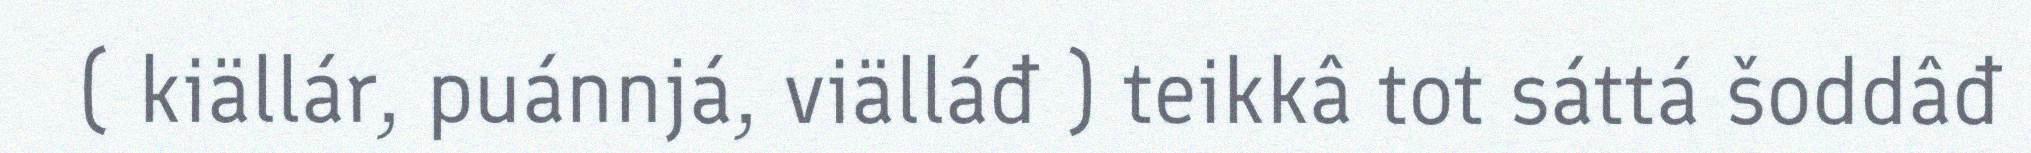
( kiällár, puánnjá, viälláđ ) teikkâ tot sáttá šoddâđ